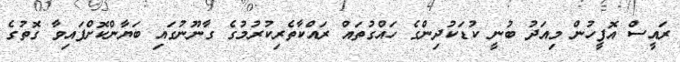
ރައީސް އޮފީހުން މިއަދު ބުނީ ކުޑަކުދިންގެ ހައްގުތައް ރައްކާތެރިކުރުމުގެ ގާނޫނުގައި ބަޔާންކޮށްފައިވާ ގޮތުގެ